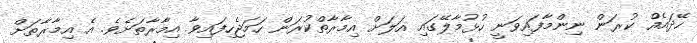
ހޭދައެއް ކުރަން ނިންމާފައިވަނީ ހުޅުމާލޭގައި އަލަށް އިމާރާތްކުރަން ހަމަޖެހިފައިވާ އިމާރާތަށެވެ. އެ އިމާރާތަށް